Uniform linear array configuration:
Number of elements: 32
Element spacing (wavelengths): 0.25
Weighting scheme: cosine
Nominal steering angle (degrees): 15
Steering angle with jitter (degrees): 13.486
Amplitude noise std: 0.05
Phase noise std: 0.05

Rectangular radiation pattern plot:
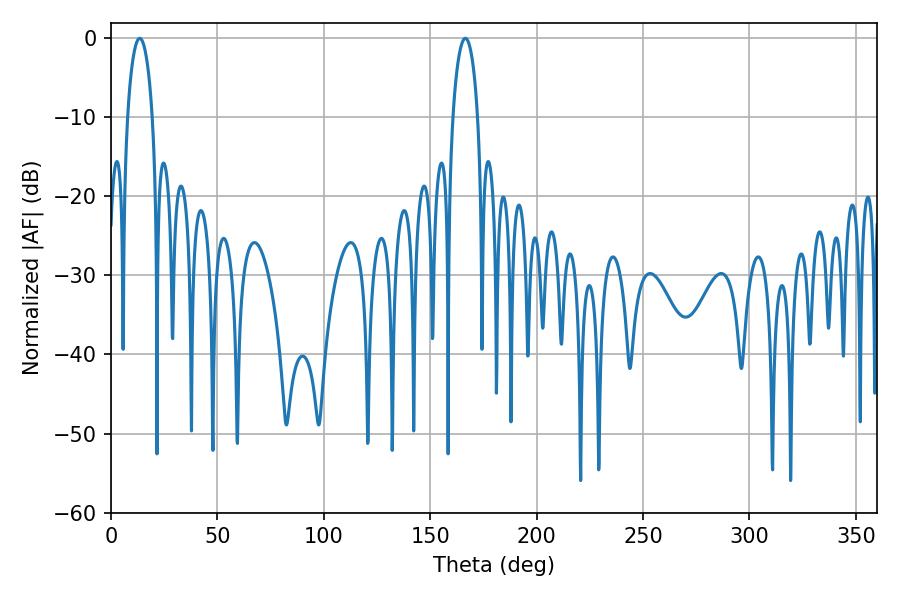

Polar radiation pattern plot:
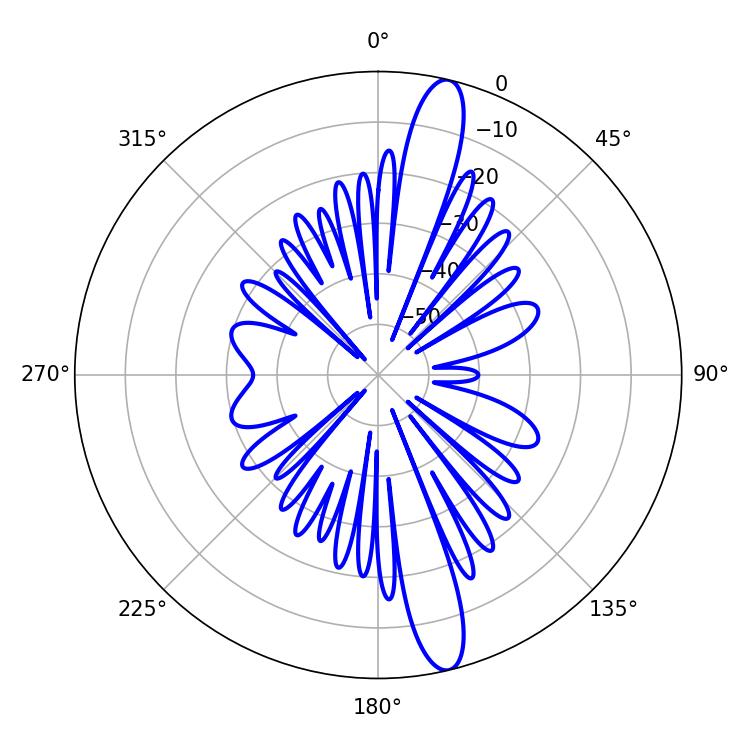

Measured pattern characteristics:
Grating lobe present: FALSE
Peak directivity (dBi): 15.209
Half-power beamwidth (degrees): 6.66
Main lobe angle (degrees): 13.5